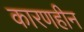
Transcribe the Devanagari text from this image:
कारणहीन